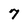
Character: 7